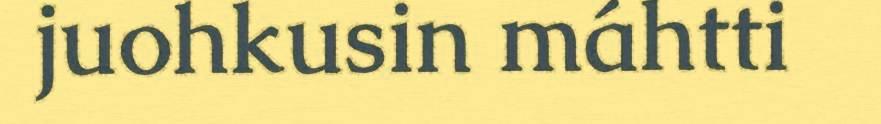
juohkusin máhtti